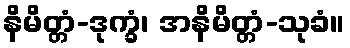
နိမိတ္တံ-ဒုက္ခံ၊ အနိမိတ္တံ-သုခံ။